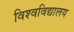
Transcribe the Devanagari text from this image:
विश्‍वविद्यालय